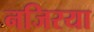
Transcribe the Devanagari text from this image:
नजिरया